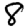
Digit: 8